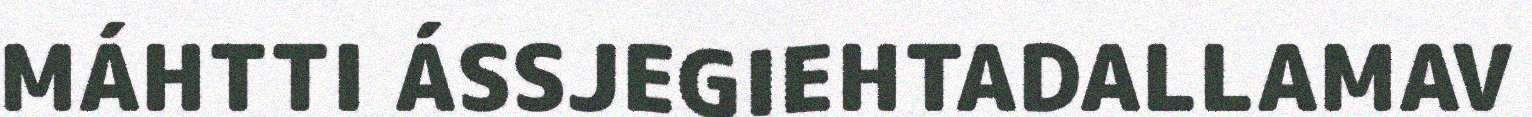
MÁHTTI ÁSSJEGIEHTADALLAMAV